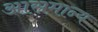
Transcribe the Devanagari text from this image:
आसमान्य